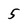
Character: 5